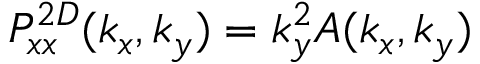
P _ { x x } ^ { 2 D } ( k _ { x } , k _ { y } ) = k _ { y } ^ { 2 } A ( k _ { x } , k _ { y } )